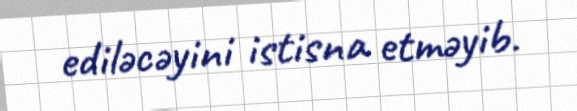
ediləcəyini istisna etməyib.